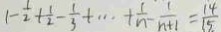
1 - \frac { 1 } { 2 } + \frac { 1 } { 2 } - \frac { 1 } { 3 } + \cdots + \frac { 1 } { n } - \frac { 1 } { n + 1 } = \frac { 1 4 } { 1 5 }